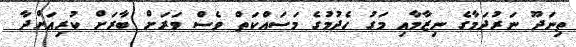
ތިނަދޫ ނަރުދަމާގެ ނިޒާމާއި މަގު ހެދުމުގެ މަސައްކަތް ވެސް ވަރަށް ބާރަށް ކުރިއަށްދާ